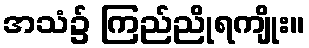
အသံ၌ ကြည်ညိုရကျိုး။